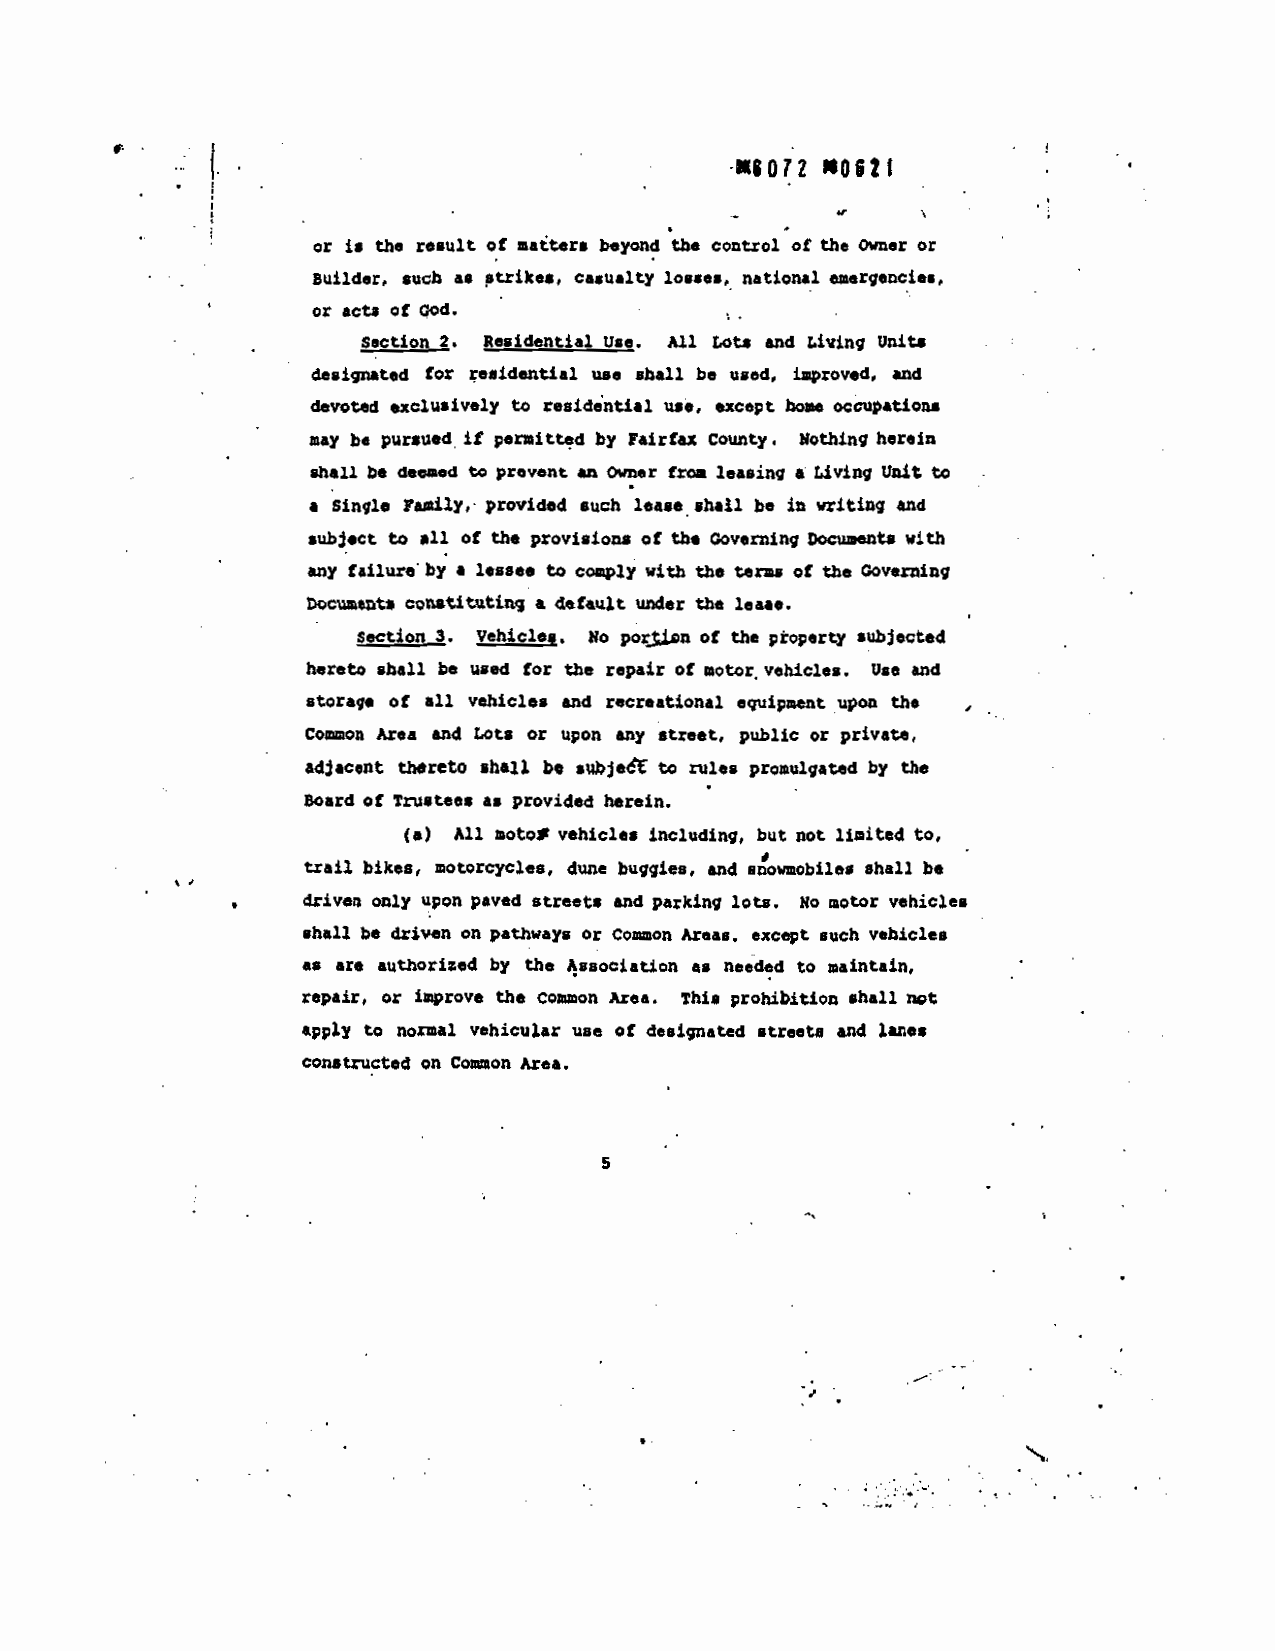
---              - - -
 KSOTZ *0621
 I j. .
 the control of the Owner or
 or is the result of nattrs beyond
 Builder, such a. strikes, casualty losses, national emergeflcies,
 or acts
 $ectiQt2. Residential Us.. *11 tot. and Living Units
 •   designated for residential use shall be used, improved. and
 devoted iively to residential USt, except home occupations
 may be pursued. it p.nitted by Fairfax county. Nothing herein
 leasing I Living Unit to
 shall be deesed to prevent an Owner fro.
 lease shall be writing and
 • single 1a417,- provided such
 subject to all of the provisions of the Governing Docuaentl with
 with the tens of the aovsrrsinq
 any failure by a lessee to comply
 DocumeDt* 00stituting a default under the lease.
 sectioni. Vehicles. Wo porjja of the ptoperty subjected
 hereto shall be used for the repair of motor,vehicles • Use and
 storage of all vehicles and recreational equipment upon the
 public or private,
 Common Area and tots or upon any street,
 adjacent thereto shall be sukjedt to nl.s promulgated by the
 Board of Trustees as provided herein.
 lIaited to,
 ?ill motol vehicles including, but not
 (a)                                  -
 siowobileS shall be
 trail bikes, otorCyOltS. dune buggies, and
 lots. No motor vehicles
 driven only upon paved streets and parking
 such vehicles
 shall be driven on pathways or coon Areas, except
 needed to maintain,
 as are authorized by the 4ssociation as
 prohibition shall wt
 repair, or improve the Common Area. Thi,
 streets and lane.
 apply to normal vehicular use of designated
 constructed on Common Area.
 5
 I
 N,
 - :>.'